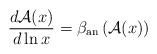
LaTeX: \begin{align*}\frac{d{\cal A}(x)}{d\ln x}=\beta_{\rm an}\left({\cal A}(x)\right)\end{align*}